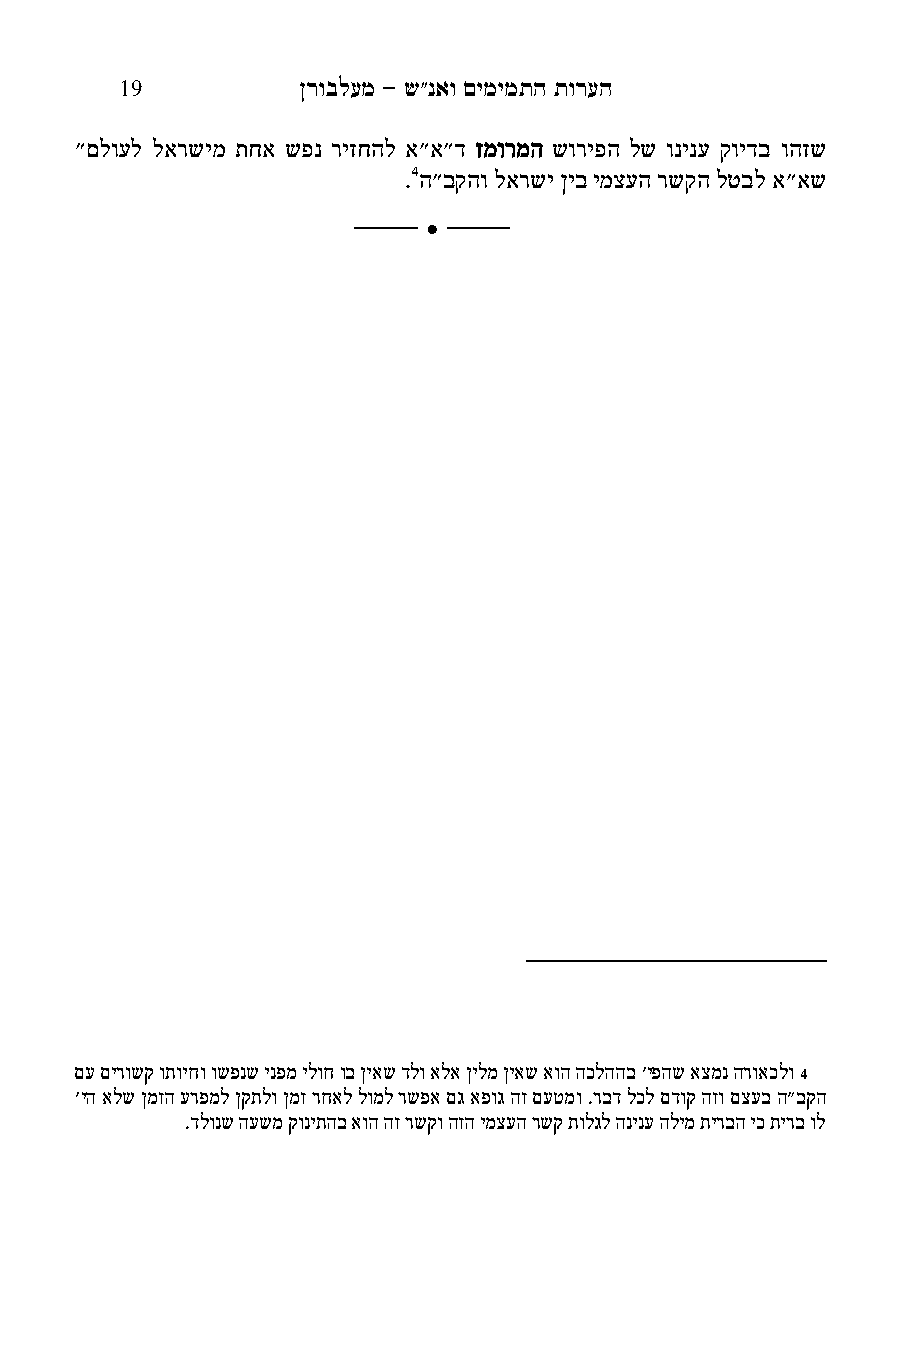
08          ןרובלעמ - ש"נאו םימימתה תורעה
 "םלועל לארשימ תחא שפנ ריזחהל א"א"ד זמורמה שוריפה לש ונינע קוידב והזש
 .4ה"בקהו לארשי ןיב ימצעה רשקה לטבל א"אש
 ______
 
 ______
 םע םירושק ותויחו ושפנש ינפמ ילוח וב ןיאש דלו אלא ןילמ ןיאש אוה הכלההב 'יפהש אצמנ הרואכלו 4
 'יה אלש ןמזה ערפמל ןקתלו ןמז רחאל לומל רשפא םג אפוג הז םעטמו .רבד לכל םדוק הזו םצעב ה"בקה
 .דלונש העשמ קוניתהב אוה הז רשקו הזה ימצעה רשק תולגל הנינע הלימ תירבה יכ תירב ול